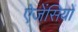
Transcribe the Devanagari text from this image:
ऐजेंसियों